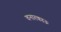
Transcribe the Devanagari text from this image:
वनारकाऊ